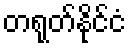
တရုတ်နိုင်ငံ